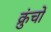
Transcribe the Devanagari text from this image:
क्रुंचों